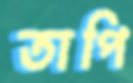
তাপি